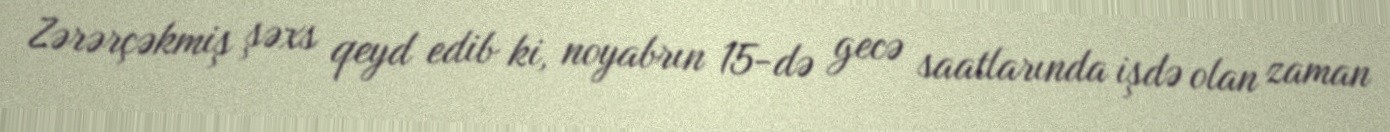
Zərərçəkmiş şəxs qeyd edib ki, noyabrın 15-də gecə saatlarında işdə olan zaman